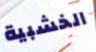
الخشبية